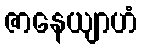
ဇာနေယျာဟံ